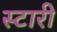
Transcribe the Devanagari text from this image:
स्टारी